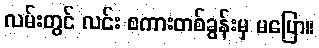
လမ်းတွင် လင်း စကားတစ်ခွန်းမှ မပြော။